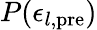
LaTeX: P(\epsilon_{l\mathrm{,pre}})